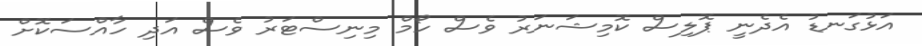
އަޅުގަނޑު އެދެނީ ޕޮލިސް ކޮމިޝަނަރު ވެސް ހޯމް މިނިސްޓަރު ވެސް އަދި ހާއްސަކޮށް